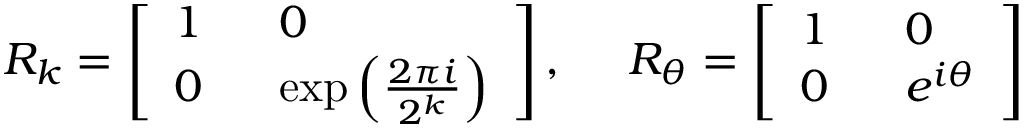
R _ { k } = \left[ \begin{array} { l l } { 1 ~ } & { ~ 0 } \\ { 0 ~ } & { ~ \exp \Big ( \frac { 2 \pi i } { 2 ^ { k } } \Big ) } \end{array} \right] , ~ ~ ~ ~ R _ { \theta } = \left[ \begin{array} { l l } { 1 ~ } & { ~ 0 } \\ { 0 ~ } & { ~ e ^ { i \theta } } \end{array} \right]